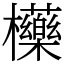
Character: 㰛